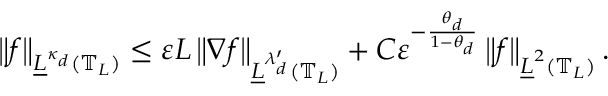
\left\| f \right\| _ { \underline { { L } } ^ { \kappa _ { d } } ( \mathbb { T } _ { L } ) } \leq \varepsilon L \left\| \nabla f \right\| _ { \underline { { L } } ^ { \lambda _ { d } ^ { \prime } } ( \mathbb { T } _ { L } ) } + C \varepsilon ^ { - \frac { \theta _ { d } } { 1 - \theta _ { d } } } \left\| f \right\| _ { \underline { { L } } ^ { 2 } ( \mathbb { T } _ { L } ) } .